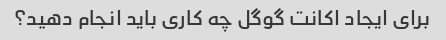
برای ایجاد اکانت گوگل چه کاری باید انجام دهید؟